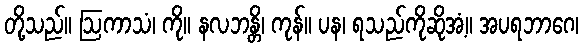
တို့သည်။ ဩကာသံ၊ ကို။ နလဘန္တိ၊ ကုန်။ ပန၊ ရသည်ကိုဆိုအံ့။ အပရဘာဂေ၊